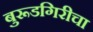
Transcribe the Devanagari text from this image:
बुरूडगिरीचा